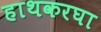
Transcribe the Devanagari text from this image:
हाथकरघा